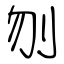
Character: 刎